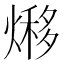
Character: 熪